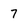
Character: 7